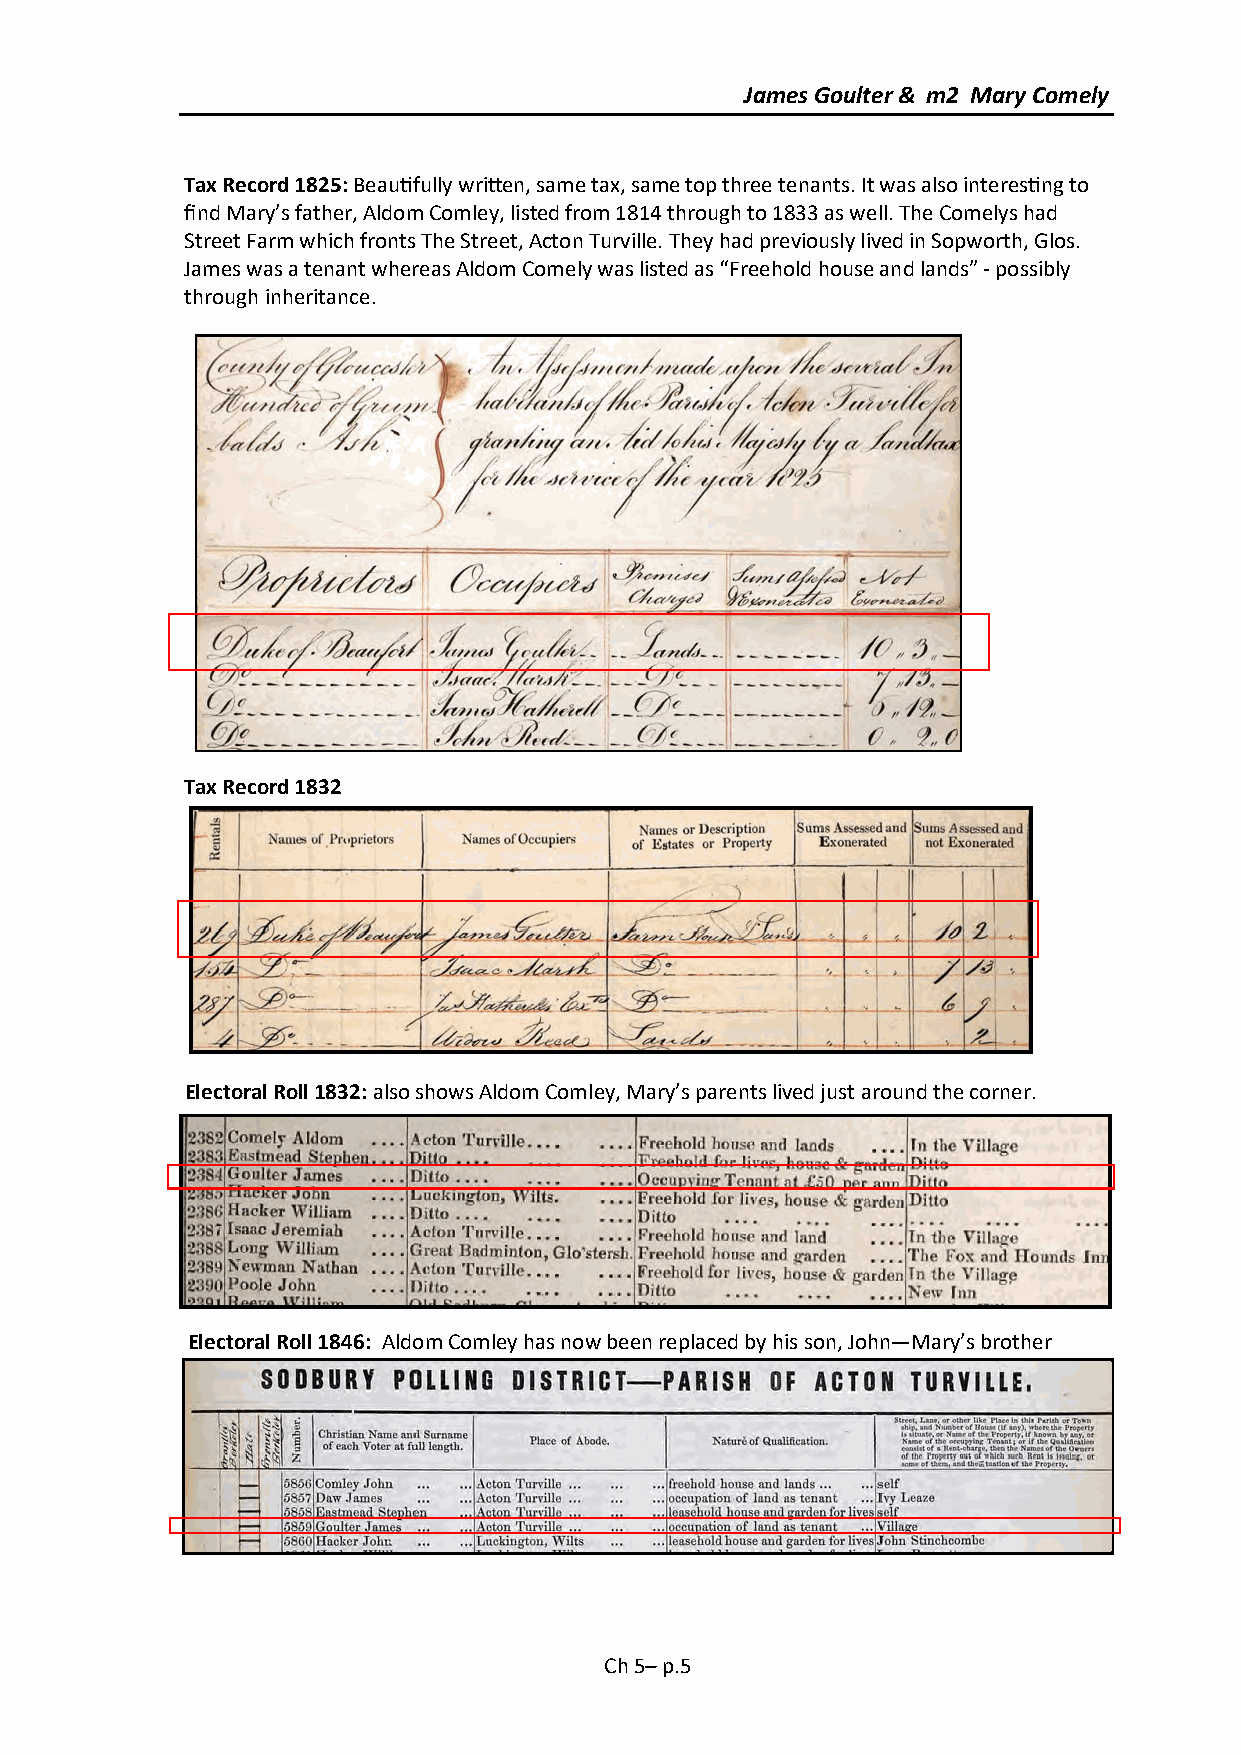
James Goulter & m2 Mary Comely
 Tax Record 1825: Beautifully written, same tax, same top three tenants. It was also interesting to
 find Mary’s father, Aldom Comley, listed from 1814 through to 1833 as well. The Comelys had
 Street Farm which fronts The Street, Acton Turville. They had previously lived in Sopworth, Glos.
 James was a tenant whereas Aldom Comely was listed as “Freehold house and lands” - possibly
 through inheritance.
 Tax Record 1832
 Electoral Roll 1832: also shows Aldom Comley, Mary’s parents lived just around the corner.
 Electoral Roll 1846: Aldom Comley has now been replaced by his son, John—Mary’s brother
 Ch 5– p.5